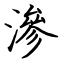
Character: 滲